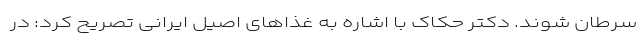
سرطان شوند. دکتر حکاک با اشاره به غذاهای اصیل ایرانی تصریح کرد: در